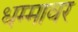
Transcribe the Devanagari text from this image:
धम्मावर